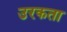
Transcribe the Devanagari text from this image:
उरकता